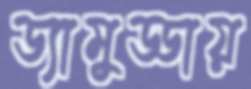
ড্যামুড্ডায়